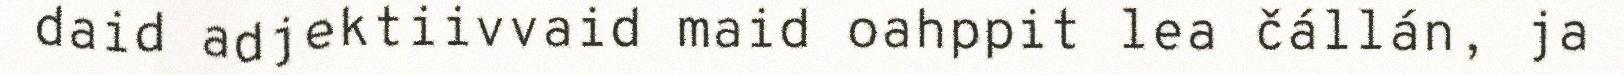
daid adjektiivvaid maid oahppit lea čállán, ja